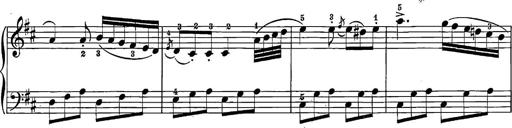
Title: 12 Sonatine per Pianoforte
Composer: Friedrich Kuhlau